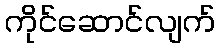
ကိုင်ဆောင်လျက်